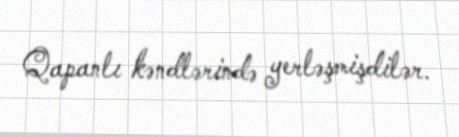
Qapanlı kəndlərində yerləşmişdilər.